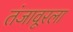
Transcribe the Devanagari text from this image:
तंजावूरला